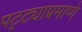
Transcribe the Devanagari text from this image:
पट्ट्याप्रमाणे